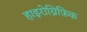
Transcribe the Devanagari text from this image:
हाइरोग्निफ़िक